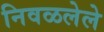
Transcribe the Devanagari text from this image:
निवळलेले